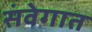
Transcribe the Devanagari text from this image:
संवेगात